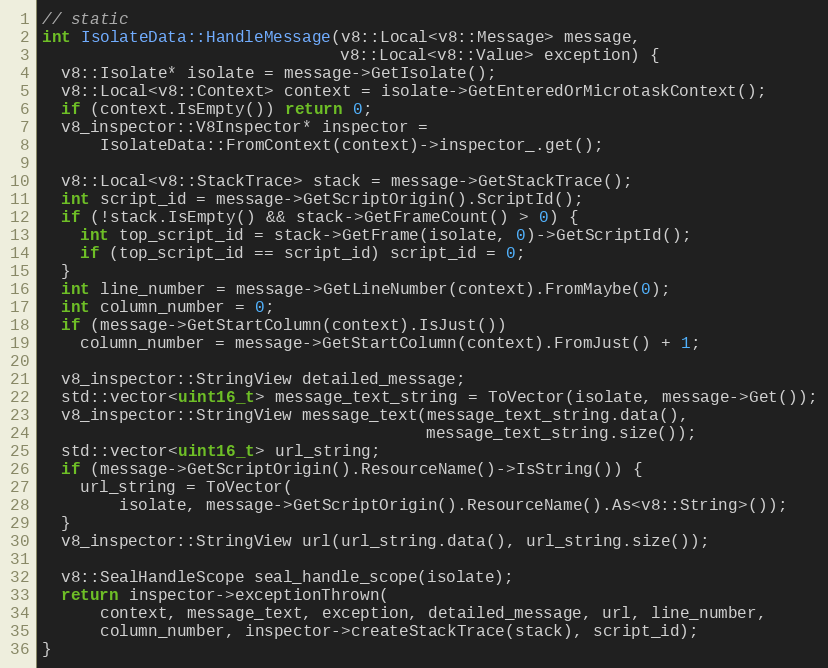
Language: C++
// static
int IsolateData::HandleMessage(v8::Local<v8::Message> message,
                               v8::Local<v8::Value> exception) {
  v8::Isolate* isolate = message->GetIsolate();
  v8::Local<v8::Context> context = isolate->GetEnteredOrMicrotaskContext();
  if (context.IsEmpty()) return 0;
  v8_inspector::V8Inspector* inspector =
      IsolateData::FromContext(context)->inspector_.get();

  v8::Local<v8::StackTrace> stack = message->GetStackTrace();
  int script_id = message->GetScriptOrigin().ScriptId();
  if (!stack.IsEmpty() && stack->GetFrameCount() > 0) {
    int top_script_id = stack->GetFrame(isolate, 0)->GetScriptId();
    if (top_script_id == script_id) script_id = 0;
  }
  int line_number = message->GetLineNumber(context).FromMaybe(0);
  int column_number = 0;
  if (message->GetStartColumn(context).IsJust())
    column_number = message->GetStartColumn(context).FromJust() + 1;

  v8_inspector::StringView detailed_message;
  std::vector<uint16_t> message_text_string = ToVector(isolate, message->Get());
  v8_inspector::StringView message_text(message_text_string.data(),
                                        message_text_string.size());
  std::vector<uint16_t> url_string;
  if (message->GetScriptOrigin().ResourceName()->IsString()) {
    url_string = ToVector(
        isolate, message->GetScriptOrigin().ResourceName().As<v8::String>());
  }
  v8_inspector::StringView url(url_string.data(), url_string.size());

  v8::SealHandleScope seal_handle_scope(isolate);
  return inspector->exceptionThrown(
      context, message_text, exception, detailed_message, url, line_number,
      column_number, inspector->createStackTrace(stack), script_id);
}